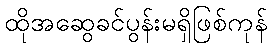
ထိုအဆွေခင်ပွန်းမရှိဖြစ်ကုန်